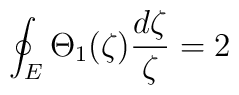
\oint_{E}\Theta_{1}(\zeta) \frac{d\zeta}{\zeta} = 2